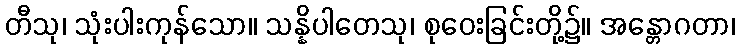
တီသု၊ သုံးပါးကုန်သော။ သန္နိပါတေသု၊ စုဝေးခြင်းတို့၌။ အန္တောဂတာ၊